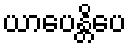
ယာပေန္တိပေ